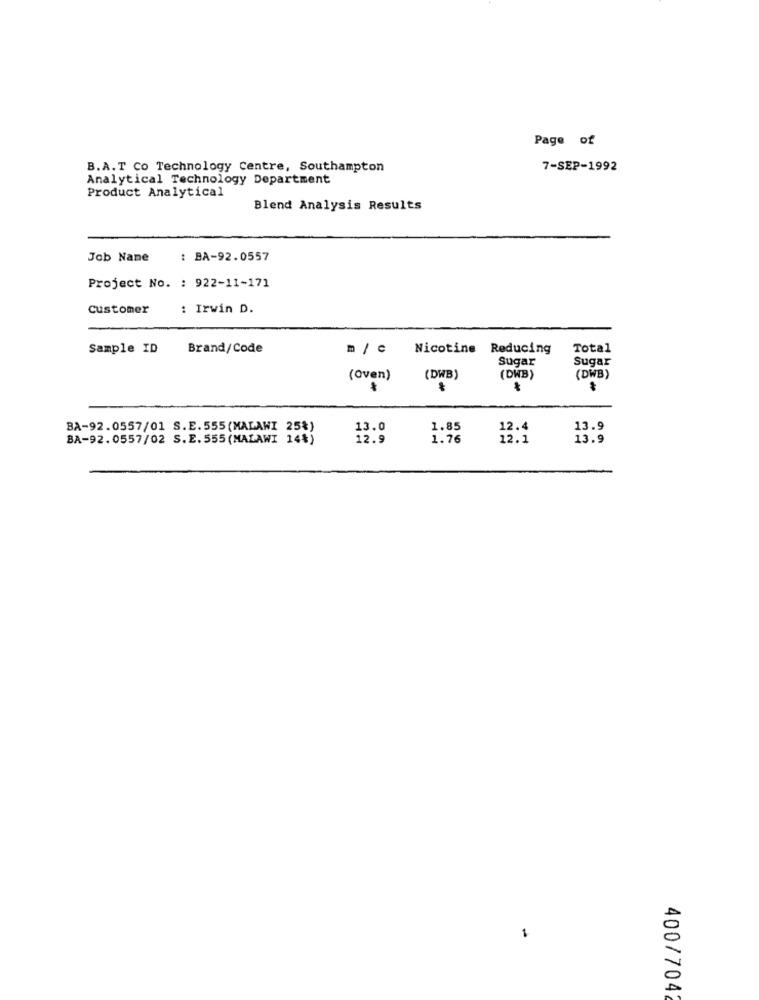
Page of
B.A.T Co Technology Centre, Southampton
7-SEP-1992
Analytical Technology Department
Product Analytical
Blend Analysis Results
Job Nane
: BA-92.0557
Project No. : 922-11-171
customer
: Irwin D.
Sample ID
Brand/Code
n /c
Nicotine Reducing
Total
Sugar
Sugar
(oven)
(DWB)
(DWB)
(DWB)
BA-92.0557/01 S.E.555(MALAWI 25%)
13.0
1.85
12.4
13.9
BA-92.0557/02 S.E.555(MALAWI 14%)
12.9
1.76
12.1
13.9
400/7042